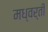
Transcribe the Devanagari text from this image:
मध्वर्ती